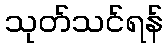
သုတ်သင်ရန်